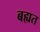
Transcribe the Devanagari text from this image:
बह्यत